Physiological action of certain drugs in tablet form - Number 52A
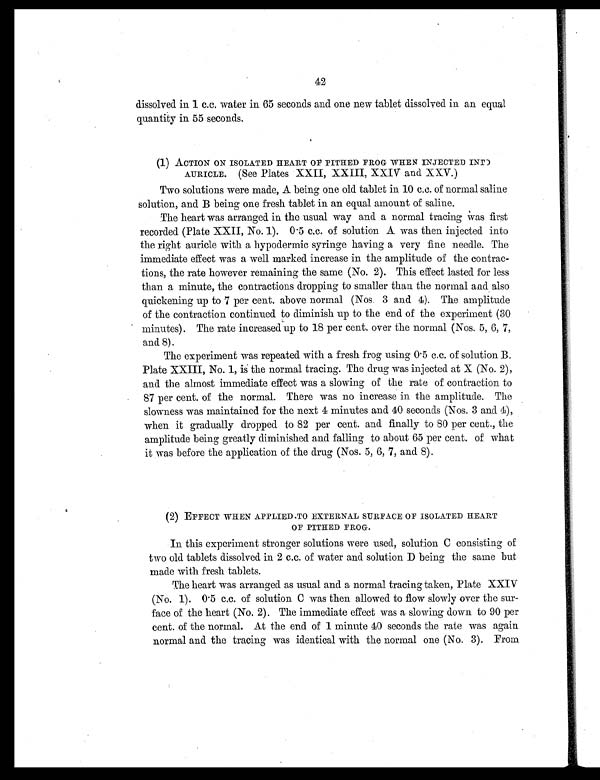
42
dissolved in 1 c.c. water in 65 seconds and one new tablet dissolved in an equal
quantity in 55 seconds.
(1) ACTION ON ISOLATED HEART OF PITHED FROG WHEN INJECTED INT)
AURICLE. (See Plates XXII, XXIII, XXIV and XXV.)
Two solutions were made, A being one old tablet in 10 c.c. of normal saline
solution, and B being one fresh tablet in an equal amount of saline.
The heart was arranged in the usual way and a normal tracing was first
recorded (Plate XXII, No. 1). 0.5 c.c. of solution A was then injected into
the right auricle with a hypodermic syringe having a very fine needle. The
immediate effect was a well marked increase in the amplitude of the contrac-
tions, the rate however remaining the same (No. 2). This effect lasted for less
than a minute, the contractions dropping to smaller than the normal and also
quickening up to 7 per cent. above normal (Nos. 3 and 4). The amplitude
of the contraction continued to diminish up to the end of the experiment (30
minutes). The rate increased up to 18 per cent. over the normal (Nos. 5, 6, 7,
and 8).
The experiment was repeated with a fresh frog using 0.5 c.c. of solution B.
Plate XXIII, No. 1, is the normal tracing. The drug was injected at X (No. 2),
and the almost immediate effect was a slowing of the rate of contraction to
87 per cent. of the normal. There was no increase in the amplitude. The
slowness was maintained for the next 4 minutes and 40 seconds (Nos. 3 and 4),
when it gradually dropped to 82 per cent. and finally to 80 per cent., the
amplitude being greatly diminished and falling to about 65 per cent. of what
it was before the application of the drug (Nos. 5, 6, 7, and 8).
(2) EFFECT WHEN APPLIED TO EXTERNAL SURFACE OF ISOLATED HEART
OF PITHED FROG.
In this experiment stronger solutions were used, solution C consisting of
two old tablets dissolved in 2 c.c. of water and solution D being the same but
made with fresh tablets.
The heart was arranged as usual and a normal tracing taken, Plate XXIV
(No. 1). 0.5 c.c. of solution C was then allowed to flow slowly over the sur-
face of the heart (No. 2). The immediate effect was a slowing down to 90 per
cent. of the normal. At the end of 1 minute 40 seconds the rate was again
normal and the tracing was identical with the normal one (No. 3). From